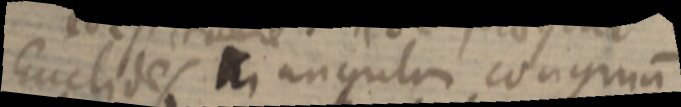
Euclides triangulum congruum